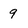
Character: 9